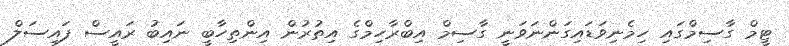
ޓީމް ގާސިމްގައި ހިމެނިވަޑައިގަންނަވަނީ ގާސިމް އިބްރާހިމްގެ އިތުރުން އިންތިހާބީ ނައިބު ރައީސް ފައިސަލް